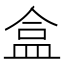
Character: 盒